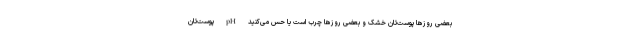
بعضی روزها پوست‌تان خشک و بعضی روزها چرب است یا حس می‌کنید pH پوست‌تان